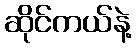
ဆိုင်ကယ်နဲ့